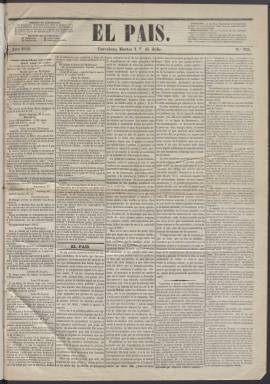
Título: El País (Barcelona. 1856)
Colección: Periódicos
Ámbito geográfico: Barcelona
Lugar de publicación: Barcelona
Fechas: 01/07/1856-22/08/1856